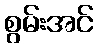
စွမ်းအင်